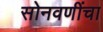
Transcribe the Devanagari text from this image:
सोनवणींचा